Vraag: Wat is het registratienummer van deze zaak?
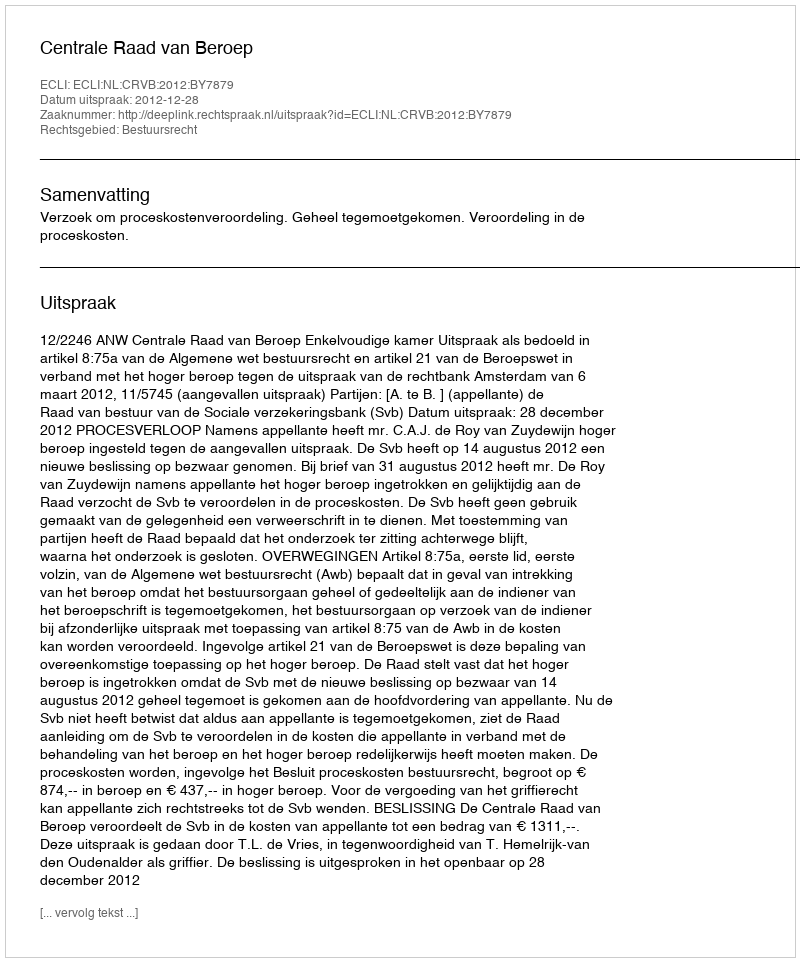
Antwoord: http://deeplink.rechtspraak.nl/uitspraak?id=ECLI:NL:CRVB:2012:BY7879